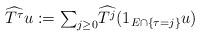
LaTeX: \begin{align*}\widehat{T^{\tau}}u:={\textstyle\sum\nolimits_{j\geq0}}\widehat{T^{j}}(1_{E\cap\{\tau=j\}}u)\end{align*}